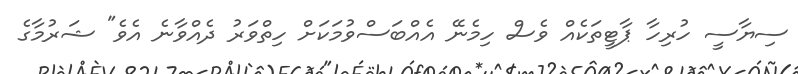
ސިޔާސީ ހުރިހާ ޕާޓީތަކެއް ވެސް ހިމެނޭ އެއްބަސްވުމަކަށް ހިތްވަރު ދެއްވާނެ އެވެ" ޝަރުމާގެ